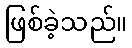
ဖြစ်ခဲ့သည်။